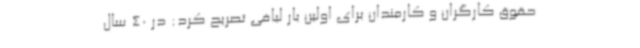
حقوق کارگران و کارمندان برای اولین بار لبافی تصریح کرد: در 40 سال